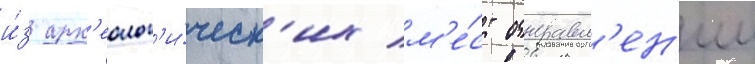
и́з арх'еолог'и́ческ'их м'е́ст отправл'ен'ии